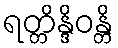
ရတ္တိန္ဒိဝန္တိ